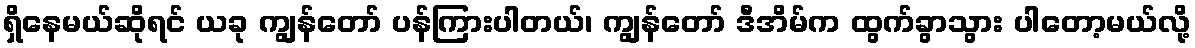
ရှိနေမယ်ဆိုရင် ယခု ကျွန်တော် ပန်ကြားပါတယ်၊ ကျွန်တော် ဒီအိမ်က ထွက်ခွာသွား ပါတော့မယ်လို့